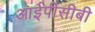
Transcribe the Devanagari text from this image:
आईपीसीबी